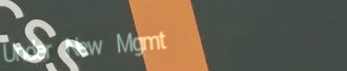
Under New Mgmt